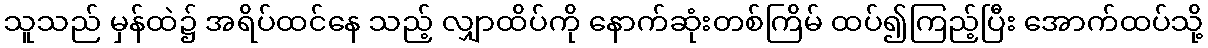
သူသည် မှန်ထဲ၌ အရိပ်ထင်နေ သည့် လျှာထိပ်ကို နောက်ဆုံးတစ်ကြိမ် ထပ်၍ကြည့်ပြီး အောက်ထပ်သို့